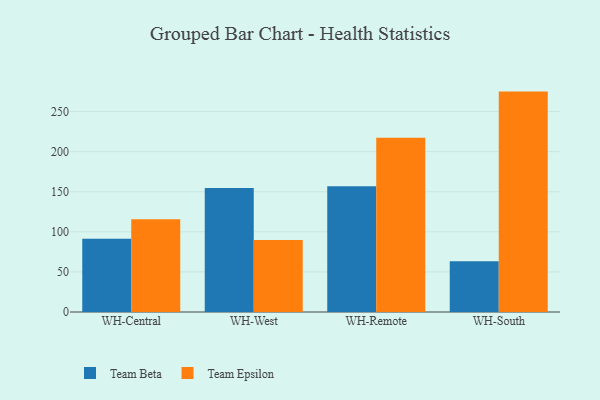
{"axis": {"x": "Warehouse", "y": "Production Output"}, "legend": ["Team Beta", "Team Epsilon"], "data": [{"x": "WH-Central", "y": 91.5, "type": "Team Beta"}, {"x": "WH-Central", "y": 115.8, "type": "Team Epsilon"}, {"x": "WH-West", "y": 154.8, "type": "Team Beta"}, {"x": "WH-West", "y": 89.9, "type": "Team Epsilon"}, {"x": "WH-Remote", "y": 157.0, "type": "Team Beta"}, {"x": "WH-Remote", "y": 217.4, "type": "Team Epsilon"}, {"x": "WH-South", "y": 63.2, "type": "Team Beta"}, {"x": "WH-South", "y": 274.9, "type": "Team Epsilon"}]}